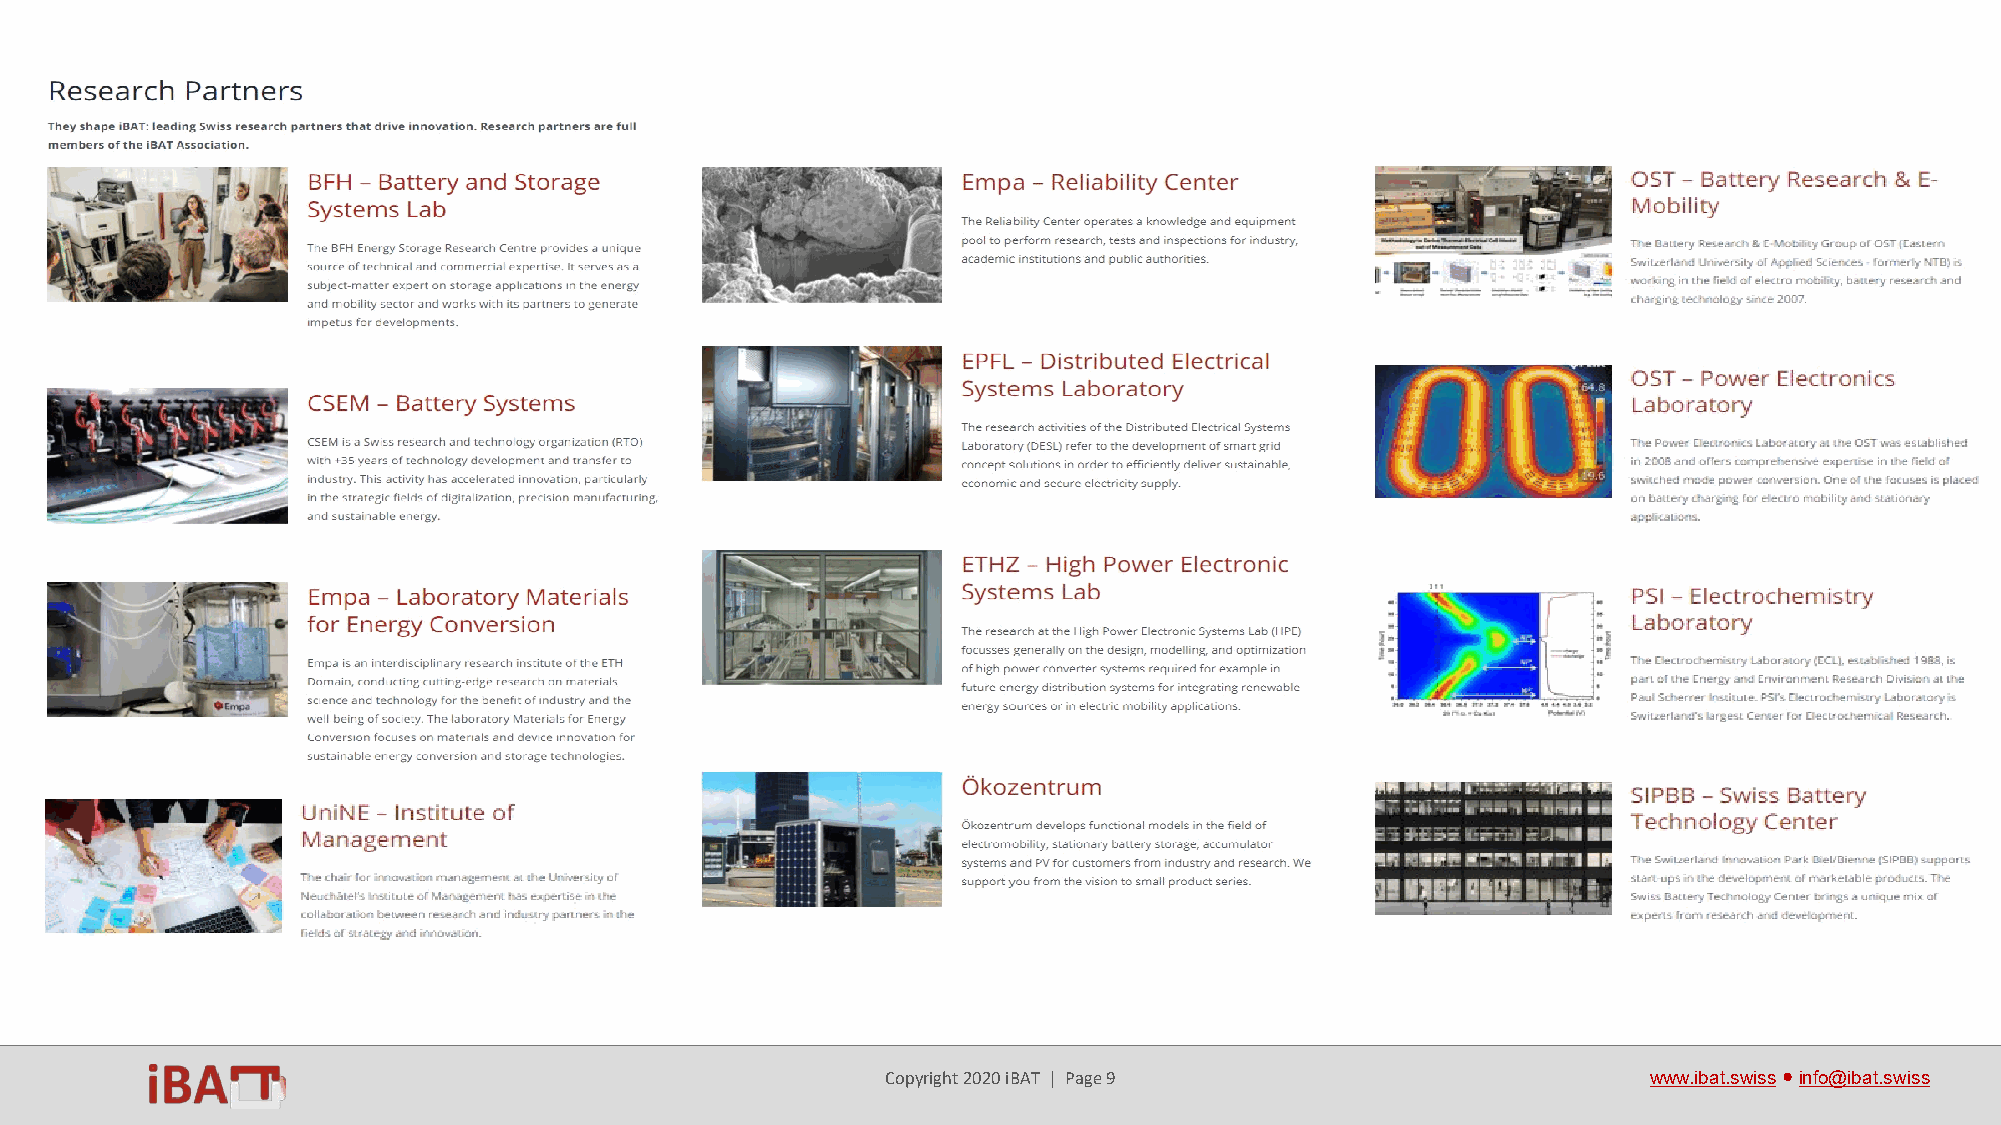
Copyright 2020 iBAT | Page 9                      www.ibat.swiss●info@ibat.swiss